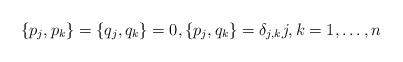
LaTeX: \begin{align*}\{p_j,p_k\}=\{q_j,q_k\}=0, \{p_j,q_k\}=\delta_{j,k}j,k=1,\dots,n\end{align*}